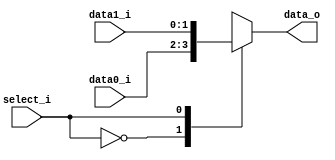
module Mux2to1( data0_i, data1_i, select_i, data_o );

parameter size = 0;			   
			
//I/O ports               
input wire	[size-1:0] data0_i;          
input wire	[size-1:0] data1_i;
input wire	select_i;
output wire	[size-1:0] data_o; 

//Main function
reg [size-1:0] data;
always@(select_i, data0_i, data1_i) begin
	case(select_i)
		1'b0: data <= data0_i;
		1'b1: data <= data1_i;
	endcase
end

assign data_o = data;
endmodule